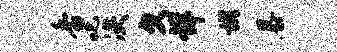
香叱决欠详彬暴